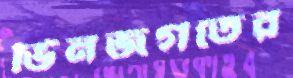
ভিনজগতের